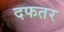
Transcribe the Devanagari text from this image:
दफतर